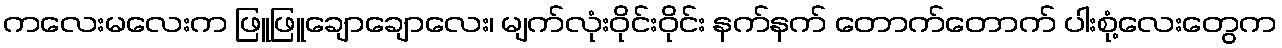
ကလေးမလေးက ဖြူဖြူချောချောလေး၊ မျက်လုံးဝိုင်းဝိုင်း နက်နက် တောက်တောက် ပါးစုံ့လေးတွေက